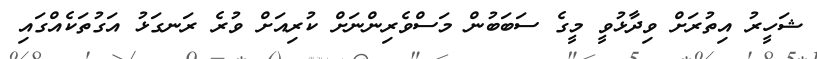
ޝަހީރު އިތުރަށް ވިދާޅުވީ މީގެ ސަބަބުން މަސްވެރިންނަށް ކުރިއަށް ވުރެ ރަނގަޅު އަގުތަކެއްގައި